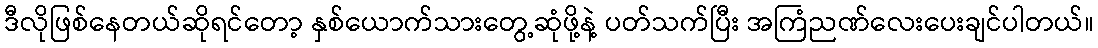
ဒီလိုဖြစ်နေတယ်ဆိုရင်တော့ နှစ်ယောက်သားတွေ့ဆုံဖို့နဲ့ ပတ်သက်ပြီး အကြံညဏ်လေးပေးချင်ပါတယ်။